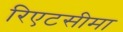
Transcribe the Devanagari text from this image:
रिएटसीमा